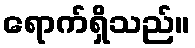
ရောက်ရှိသည်။